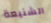
الشنيعة